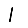
Digit: 1